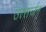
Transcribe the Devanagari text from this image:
उत्सर्जन्